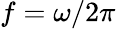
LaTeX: f=\omega/2\pi